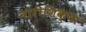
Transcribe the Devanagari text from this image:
नारीशिक्षा